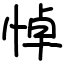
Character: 悼